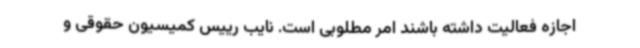
اجازه فعالیت داشته باشند امر مطلوبی است. نایب رییس کمیسیون حقوقی و